Rangoon Lunatic Asylum 1878-1892 - 1878-1892
Year: 1878
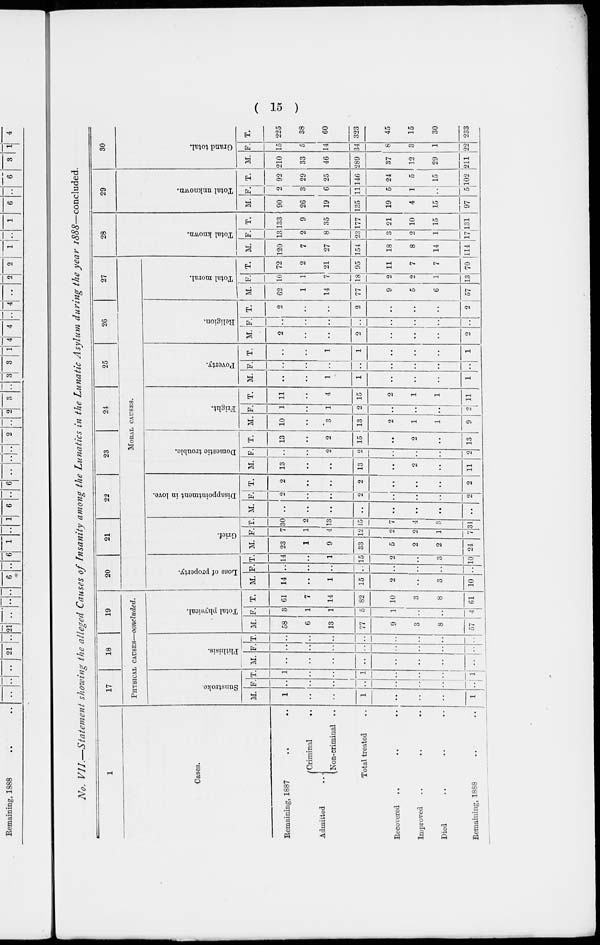
( 15 )
No. VII.—Statement showing the alleged Causes of Insanity among the Lunatics in the Lunatic Asylum during the year 1888—concluded.
1
Cases.
Remaining, 1887
..
..
Admitted
..
Criminal ..
Non-criminal ..
Total treated ..
Recovered
..
..
..
Improved .. .. ..
Died .. .. ..
Remaining, 1888
..
..
17
18
19
PHYSICAL CAUSES—concluded.
Sunstroke.
M.
1
..
..
1
..
..
..
1
F.
..
..
..
..
..
..
..
..
T.
1
..
..
1
..
..
..
1
Phthisis.
M.
..
..
..
..
..
..
..
..
F.
..
..
..
..
..
..
..
..
T.
..
..
..
..
..
..
..
..
Total physical.
M.
58
6
13
77
9
3
8
57
F.
3
1
1
5
1
..
..
4
T.
61
7
14
82
10
3
8
61
20
21
22
23
24
25
26
27
MORAL CAUSES.
Loss of property.
M.
14
..
1
15
2
..
3
10
F.
..
..
..
..
..
..
..
..
T.
14
..
1
15
2
..
3
10
Grief.
M.
23
1
9
33
5
2
2
24
F.
7
1
4
12
2
2
1
7
T.
30
2
13
45
7
4
3
31
Disappointment in love.
M.
..
..
..
..
..
..
..
..
F.
2
..
..
2
..
..
..
2
T.
2
..
..
2
..
..
..
2
Domestic trouble.
M.
13
..
..
13
..
2
..
11
F.
..
..
2
2
..
..
..
2
T.
13
..
2
15
..
2
..
13
Fright.
M.
10
..
3
13
2
1
1
9
F.
1
..
1
2
..
..
..
2
T.
11
..
4
15
2
1
1
11
Poverty.
M.
..
..
1
1
..
..
..
1
F.
..
..
..
..
..
..
..
..
T.
..
..
1
1
..
..
..
1
Religion.
M.
2
..
..
2
..
..
..
2
F.
..
..
..
..
..
..
..
..
T.
2
..
..
2
..
..
..
2
Total moral.
M.
62
1
14
77
9
5
6
57
F.
10
1
7
18
2
2
1
13
T.
72
2
21
95
11
7
7
70
28
Total known.
M.
120
7
27
154
18
8
14
114
F.
13
2
8
23
3
2
1
17
T.
133
9
35
177
21
10
15
131
29
Total unknown.
M.
90
26
19
135
19
4
15
97
F.
2
3
6
11
5
1
..
5
T.
92
29
25
146
24
5
15
102
30
Grand total.
M.
210
33
46
289
37
12
29
211
F.
15
5
14
34
8
3
1
22
T.
225
38
60
323
45
15
30
233